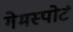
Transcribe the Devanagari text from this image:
गेमस्पोर्ट